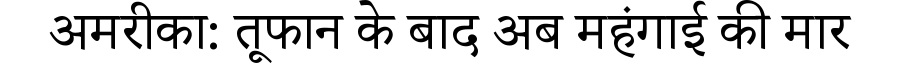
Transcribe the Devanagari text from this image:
अमरीका: तूफान के बाद अब महंगाई की मार